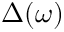
\Delta ( \omega )